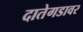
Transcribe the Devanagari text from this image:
दातेगडावर